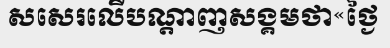
សសេរលើបណ្តាញសង្គមថា«ថ្ងៃ